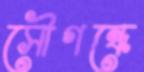
সৌগন্ধে